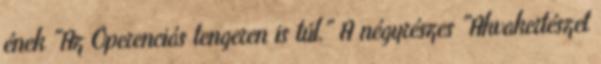
ének "Az Óperenciás tengeren is túl." A négyrészes "Akvakertészet